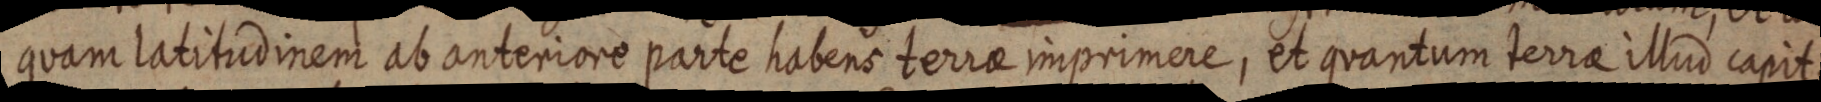
quam latitudinem ab anteriore parte habens terrae imprimere, et quantum terrar illud capit,